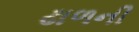
ઢાળની